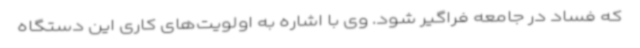
که فساد در جامعه فراگیر شود. وی با اشاره به اولویت‌های کاری این دستگاه